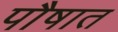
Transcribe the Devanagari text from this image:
पौषात